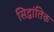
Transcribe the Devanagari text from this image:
सिद्धांतिक